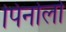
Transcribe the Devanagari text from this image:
पिनोलो